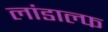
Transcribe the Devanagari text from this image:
लांडाल्फ